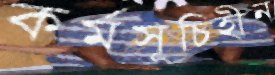
কর্মসূচিহীন